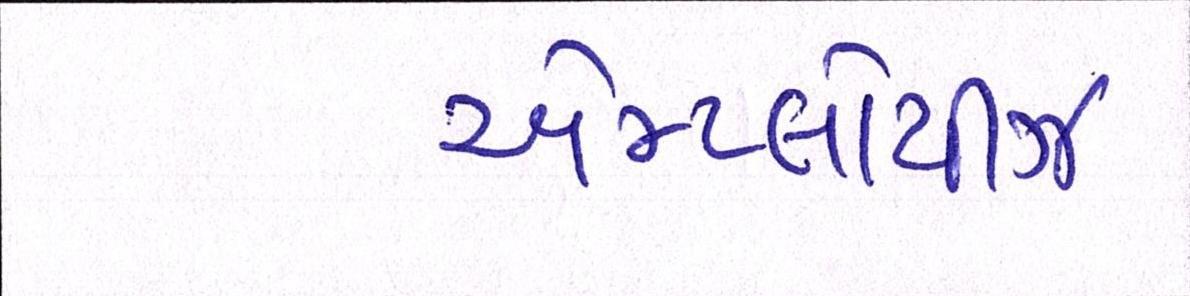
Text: એમ્પ્લોયીઝ